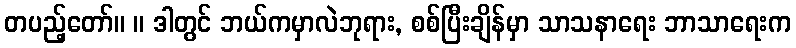
တပည့်တော်။ ။ ဒါတွင် ဘယ်ကမှာလဲဘုရား, စစ်ပြီးချိန်မှာ သာသနာရေး ဘာသာရေးက